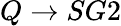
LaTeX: Q\rightarrow SG2